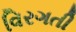
વિરગતી